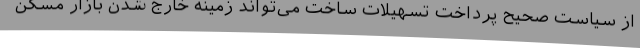
از سیاست صحیح پرداخت تسهیلات ساخت می‌تواند زمینه خارج شدن بازار مسکن